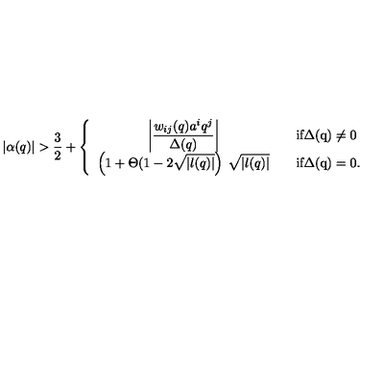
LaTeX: | \alpha ( q ) | > \frac { 3 } { 2 } + \left\{ \begin{array} { c c l } { \displaystyle \left| \frac { w _ { i j } ( q ) a ^ { i } q ^ { j } } { \Delta ( q ) } \right| } & { } & { { \mathrm { i f \Delta ( q ) \neq 0 } } } \\ { \displaystyle \left( 1 + \Theta ( 1 - 2 \sqrt { | l ( q ) | } \right) \: \sqrt { | l ( q ) | } } & { } & { { \mathrm { i f \Delta ( q ) = 0 } } . } \\ \end{array} \right.